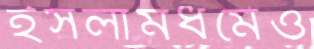
ইসলামধর্মেও